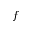
f